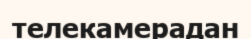
телекамерадан